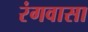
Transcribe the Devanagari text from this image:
रंगवासा